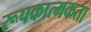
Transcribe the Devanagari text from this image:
रूपकात्मकता